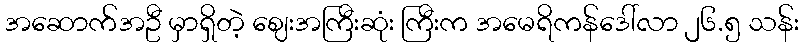
အဆောက်အဦ မှာရှိတဲ့ ဈေးအကြီးဆုံး ကြီးက အမေရိကန်ဒေါ်လာ ၂၆.၅ သန်း